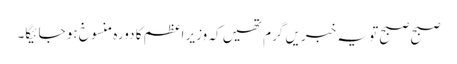
صبح صبح تو یہ خبریں گرم تھیں کہ وزیر اعظم کا دورہ منسوخ ہو جائیگا۔